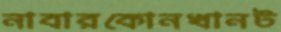
নাবারকোনখানট